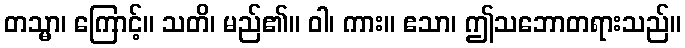
တသ္မာ၊ ကြောင့်။ သတိ၊ မည်၏။ ဝါ၊ ကား။ ဧသာ၊ ဤသဘောတရားသည်။